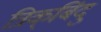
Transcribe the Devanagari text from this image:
त्रिक्‌बिंदु